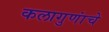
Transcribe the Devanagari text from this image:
कलागुणांचे